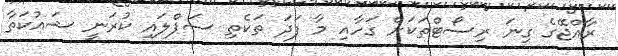
ރާއްޖޭގެ ގިނަ ރިސޯޓްތަކަށް ގަހާއި މާ ފަދަ ތަކެތި ސަޕްލައި ކުރަނީ ޝައުކަތާ